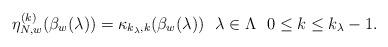
LaTeX: \begin{align*}\eta_{N,w}^{(k)}(\beta_w(\lambda))=\kappa_{k_\lambda,k}(\beta_w(\lambda))\ \ \lambda\in\Lambda \ \ 0\leq k\leq k_\lambda-1.\end{align*}